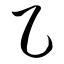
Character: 乙